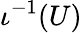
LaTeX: \iota^{-1}(U)